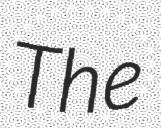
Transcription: The